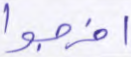
اخرجوا